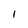
Character: 1